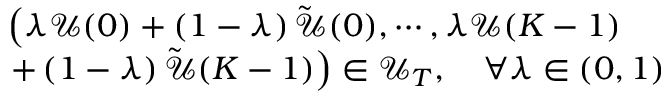
\begin{array} { r l } & { \left( \lambda \mathscr { U } ( 0 ) + \left( 1 - \lambda \right) \tilde { \mathscr { U } } ( 0 ) , \cdots , \lambda \mathscr { U } ( K - 1 ) \right. } \\ & { \left. + \left( 1 - \lambda \right) \tilde { \mathscr { U } } ( K - 1 ) \right) \in \mathcal { U } _ { T } , \quad \forall \lambda \in \left( 0 , 1 \right) } \end{array}